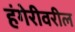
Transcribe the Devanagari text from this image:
हंगेरीवरील